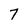
Character: 7